Annual report of lunatic asylums [Bombay] - 1912-1922
Year: 1912
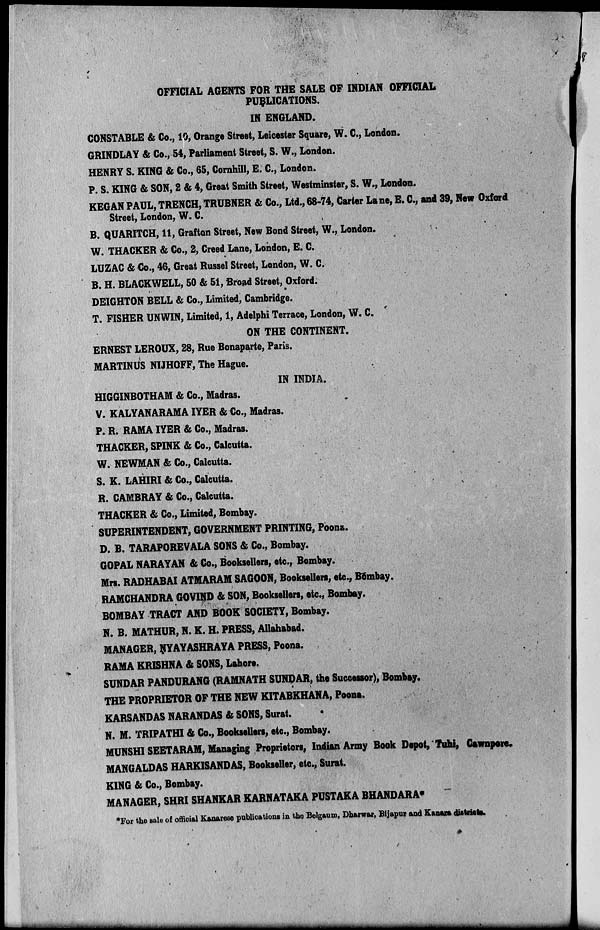
OFFICIAL AGENTS FOR THE SALE OF INDIAN OFFICIAL
PUBLICATIONS.
IN ENGLAND.
CONSTABLE & Co., 10, Orange Street, Leicester Square, W. C., London.
GRINDLAY & Co., 54, Parliament Street, S. W., London.
HENRY S. KING & Co., 65, Cornhill, E. C., London.
P. S. KING & SON, 2 & 4, Great Smith Street, Westminster, S. W., London.
KEGAN PAUL , TRENCH, TRUBNER & Co., Ltd., 68-74, Carter Lane, E. C., and 39, New Oxford
Street, London, W. C.
B. QUARITCH, 11, Grafton Street, New Bond Street, W., London.
W. THACKER & Co., 2, Creed Lane, London, E. C.
LUZAC & Co., 46, Great Russel Street, London, W. C.
B. H. BLACKWELL, 50 & 51, Broad Street, Oxford.
DEIGHTON BELL & Co., Limited, Cambridge.
T. FISHER UNWIN, Limited, 1, Adelphi Terrace, London, W. C.
ON THE CONTINENT.
ERNEST LEROUX, 28, Rue Bonaparte, Paris.
MARTINUS NIJHOFF, The Hague.
IN INDIA.
HIGGINBOTHAM & Co., Madras.
V. KALYANARAMA IYER & Co., Madras.
P. R. RAMA IYER & Co., Madras.
THACKER, SPINK & Co., Calcutta.
W. NEWMAN & Co., Calcutta.
S. K. LAHIRI & Co., Calcutta.
R. CAMBRAY & Co., Calcutta.
THACKER & Co., Limited, Bombay.
SUPERINTENDENT, GOVERNMENT PRINTING, Poona.
D. B. TARAPOREVALA SONS & Co., Bombay.
GOPAL NARAYAN & Co., Booksellers, etc., Bombay.
Mrs. RADHABAI ATMARAM SAGOON, Booksellers, etc., Bombay.
RAMCHANDRA GOVIND & SON, Booksellers, etc., Bombay.
BOMBAY TRACT AND BOOK SOCIETY, Bombay.
N. B. MATHUR, N. K. H. PRESS, Allahabad.
MANAGER, NYAYASHRAYA PRESS, Poona.
RAMA KRISHNA & SONS, Lahore.
SUNDAR PANDURANG (RAMNATH SUNDAR, the Successor), Bombay.
THE PROPRIETOR OF THE NEW KITABKHANA, Poona.
KARSANDAS NARANDAS & SONS, Surat.
N. M. TRIPATHI & Co., Booksellers, etc., Bombay.
MUNSHI SEETARAM, Managing Proprietors, Indian Army Book Depot, Tuhi, Cawnpore.
MANGALDAS HARKISANDAS, Bookseller, etc., Surat.
KING & Co., Bombay.
MANAGER, SHRI SHANKAR KARNATAKA PUSTAKA BHANDARA*
For the sale of official Kanarese publications in the Belgaum, Dharwar, Bijapur and Kanara districts.